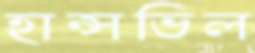
হান্সভিল